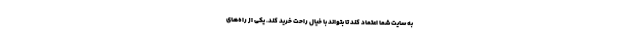
به سایت شما اعتماد کند تا بتواند با خیال راحت خرید کند. یکی از راه‌های